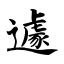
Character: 遽